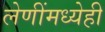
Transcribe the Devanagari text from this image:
लेणींमध्येही